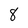
Character: 8